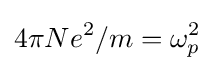
4\pi Ne^{2}/m=\omega _{p}^{2}